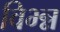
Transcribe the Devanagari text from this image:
विभ्न्न